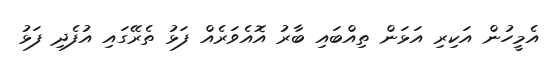
އެމީހުން އަކިރި އަޅަން ތިއްބައި ބާރު އޮއެވަރެއް ފަޅު ތެރޭގައި އުފެދި ފަޅު